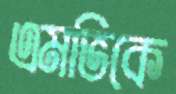
এমভিকে